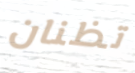
تظنان